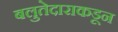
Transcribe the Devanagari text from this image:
बलुतेदाराकडून